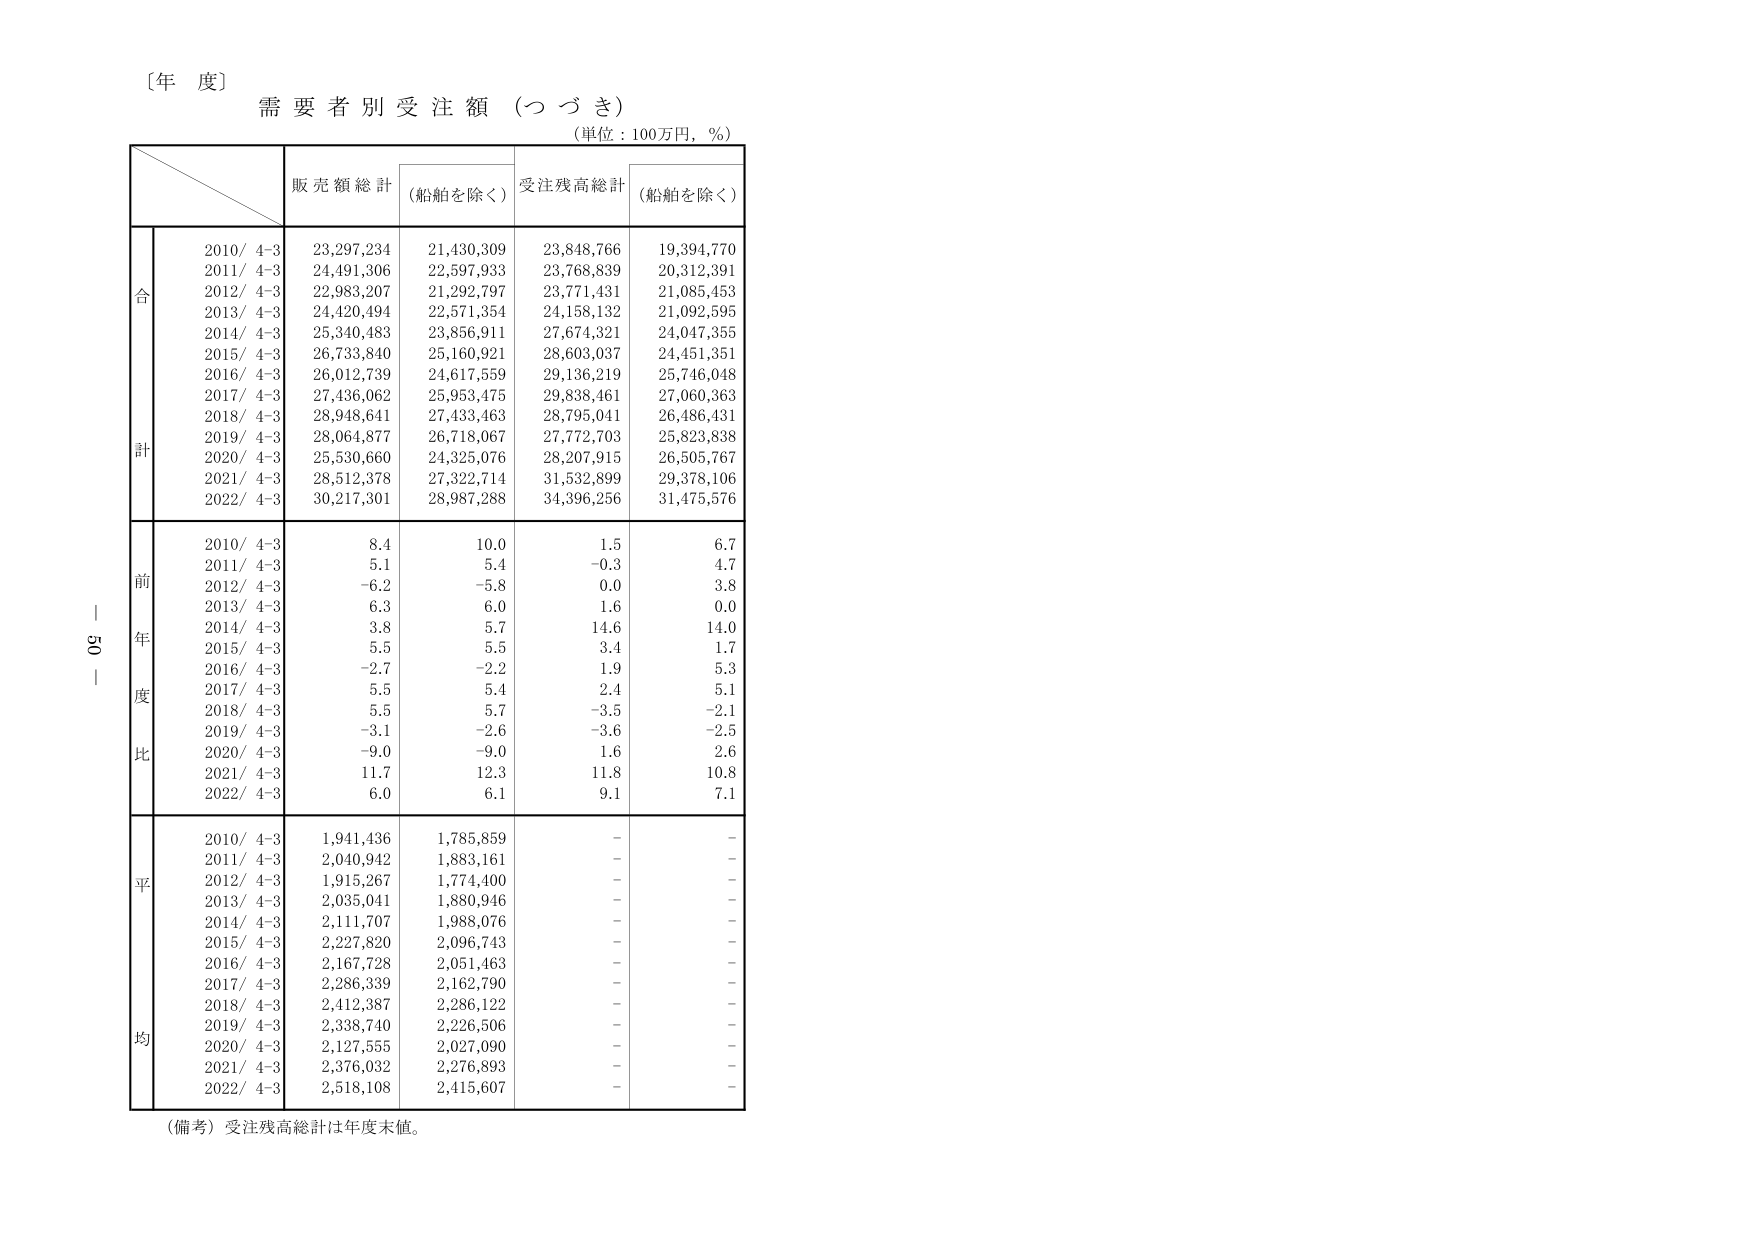
〔年 度〕
需要者別受注額（つづき）
（単位：100万円，％）

販売額総計 （船舶を除く） 受注残高総計 （船舶を除く）

合計
2010/ 4-3 23,297,234 21,430,309 23,848,766 19,394,770
2011/ 4-3 24,491,306 22,597,933 23,768,839 20,312,391
2012/ 4-3 22,983,207 21,292,797 23,771,431 21,085,453
2013/ 4-3 24,420,494 22,571,354 24,158,132 21,092,595
2014/ 4-3 25,340,483 23,856,911 27,674,321 24,047,355
2015/ 4-3 26,733,840 25,160,921 28,603,037 24,451,351
2016/ 4-3 26,012,739 24,617,559 29,136,219 25,746,048
2017/ 4-3 27,436,062 25,953,475 29,838,461 27,060,363
2018/ 4-3 28,948,641 27,433,463 28,795,041 26,486,431
2019/ 4-3 28,064,877 26,718,067 27,772,703 25,823,838
2020/ 4-3 25,530,660 24,325,076 28,207,915 26,505,767
2021/ 4-3 28,512,378 27,322,714 31,532,899 29,378,106
2022/ 4-3 30,217,301 28,987,288 34,396,256 31,475,576

前年度比
2010/ 4-3 8.4 10.0 1.5 6.7
2011/ 4-3 5.1 5.4 -0.3 4.7
2012/ 4-3 -6.2 -5.8 0.0 3.8
2013/ 4-3 6.3 6.0 1.6 0.0
2014/ 4-3 3.8 5.7 14.6 14.0
2015/ 4-3 5.5 5.5 3.4 1.7
2016/ 4-3 -2.7 -2.2 1.9 5.3
2017/ 4-3 5.5 5.4 2.4 5.1
2018/ 4-3 5.5 5.7 -3.5 -2.1
2019/ 4-3 -3.1 -2.6 -3.6 -2.5
2020/ 4-3 -9.0 -9.0 1.6 2.6
2021/ 4-3 11.7 12.3 11.8 10.8
2022/ 4-3 6.0 6.1 9.1 7.1

平均
2010/ 4-3 1,941,436 1,785,859 - -
2011/ 4-3 2,040,942 1,883,161 - -
2012/ 4-3 1,915,267 1,774,400 - -
2013/ 4-3 2,035,041 1,880,946 - -
2014/ 4-3 2,111,707 1,988,076 - -
2015/ 4-3 2,227,820 2,096,743 - -
2016/ 4-3 2,167,728 2,051,463 - -
2017/ 4-3 2,286,339 2,162,790 - -
2018/ 4-3 2,412,387 2,286,122 - -
2019/ 4-3 2,338,740 2,226,506 - -
2020/ 4-3 2,127,555 2,027,090 - -
2021/ 4-3 2,376,032 2,276,893 - -
2022/ 4-3 2,518,108 2,415,607 - -

（備考）受注残高総計は年度末値。
ー 50 ー